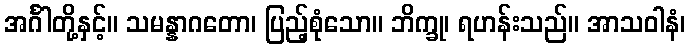
အင်္ဂါတို့နှင့်။ သမန္နာဂတော၊ ပြည့်စုံသော။ ဘိက္ခု၊ ရဟန်းသည်။ အာသဝါနံ၊